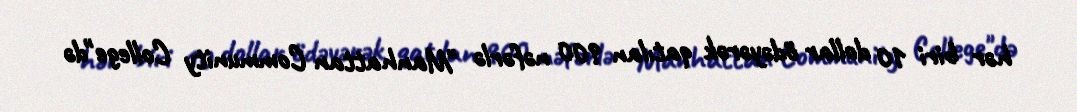
hər biri 10 dollar ödəyərək qatılan 900 nəfərlə "Manhattan Community College"də